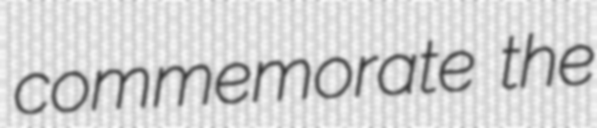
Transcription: commemorate the